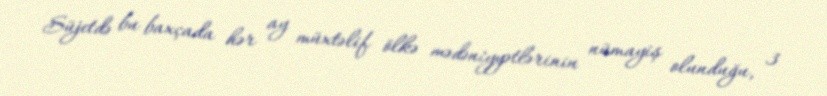
Süjetdə bu baxçada hər ay müxtəlif ölkə mədəniyyətlərinin nümayiş olunduğu, 3